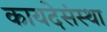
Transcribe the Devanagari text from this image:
कायदेसंस्था